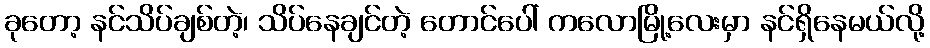
ခုတော့ နင်သိပ်ချစ်တဲ့၊ သိပ်နေချင်တဲ့ တောင်ပေါ် ကလောမြို့လေးမှာ နင်ရှိနေမယ်လို့